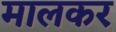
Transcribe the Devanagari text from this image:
मालकर